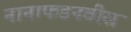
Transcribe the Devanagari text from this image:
नानाफडनवीस